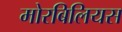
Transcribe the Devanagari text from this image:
मोरबिलियस